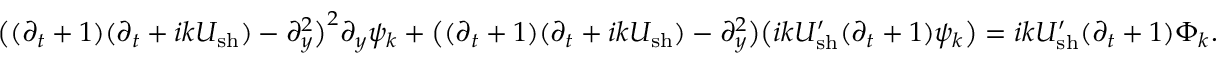
\big ( ( \partial _ { t } + 1 ) ( \partial _ { t } + i k U _ { \mathrm { s h } } ) - \partial _ { y } ^ { 2 } \big ) ^ { 2 } \partial _ { y } \psi _ { k } + \big ( ( \partial _ { t } + 1 ) ( \partial _ { t } + i k U _ { \mathrm { s h } } ) - \partial _ { y } ^ { 2 } \big ) \big ( i k U _ { \mathrm { s h } } ^ { \prime } ( \partial _ { t } + 1 ) \psi _ { k } \big ) = i k U _ { \mathrm { s h } } ^ { \prime } ( \partial _ { t } + 1 ) \Phi _ { k } .